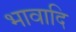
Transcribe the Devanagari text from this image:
भावादि